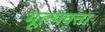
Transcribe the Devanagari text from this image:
मूल्यवत्ता